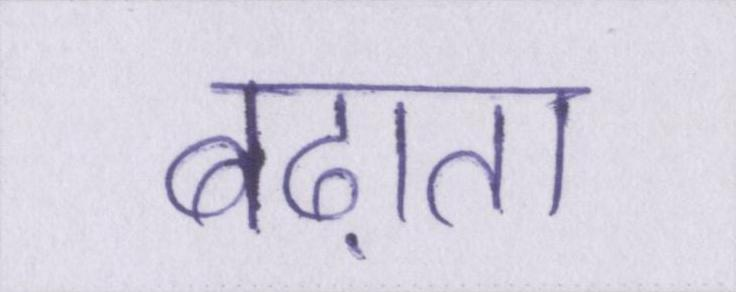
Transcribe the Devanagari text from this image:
बढ़ाता